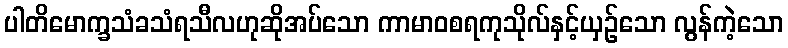
ပါတိမောက္ခသံခသံရသီလဟုဆိုအပ်သော ကာမာဝစရကုသိုလ်နှင့်ယှဉ်သော လွန်ကဲ့သော